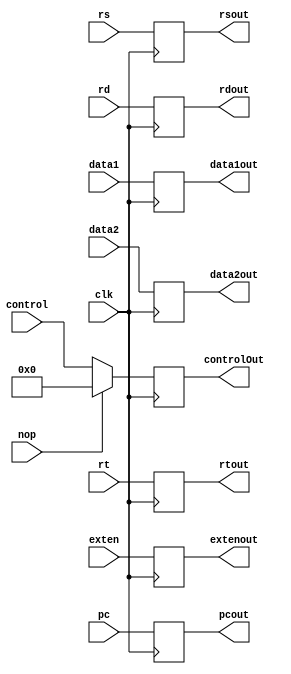
`timescale 1ns / 1ps
//////////////////////////////////////////////////////////////////////////////////
// Company: 
// Engineer: 
// 
// Design Name: 
// Module Name: MemWbReg
// Project Name: 
// Target Devices: 
// Tool Versions: 
// Description: 
// 
// Dependencies: 
// 
// Revision:
// Revision 0.01 - File Created
// Additional Comments:
// 
//////////////////////////////////////////////////////////////////////////////////


module IdExReg(
     input clk,
     input [10:0] control,
     input [31:0] pc,
     input [31:0] data1,
     input [31:0] data2,
     input [31:0] exten,
     input [4:0] rs,
     input [4:0] rt,
     input [4:0] rd,
     input nop,
     output reg [10:0] controlOut,
     output reg [31:0] pcout,
     output reg [31:0] data1out,
     output reg [31:0] data2out,
     output reg [31:0] extenout,
     output reg [4:0] rsout,
     output reg [4:0] rtout,
     output reg [4:0] rdout
    );
    initial 
    {controlOut,pcout,data1out,data2out,extenout,rsout,rtout,rdout}=0;
    
    always@(posedge clk) begin
    {controlOut,pcout,data1out,data2out,extenout,rsout,rtout,rdout}={control,pc,data1,data2,exten,rs,rt,rd};
    
    if(nop)controlOut=13'b0;
    //else if(keep) {controlOut,data1out,data2out,extenout,rsout,rtout}={controlOut,data1out,data2out,extenout,rsout,rtout};
    end
endmodule